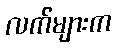
လက်များက